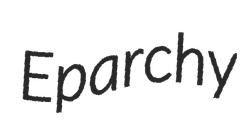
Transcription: Eparchy